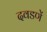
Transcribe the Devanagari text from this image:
दवडणें